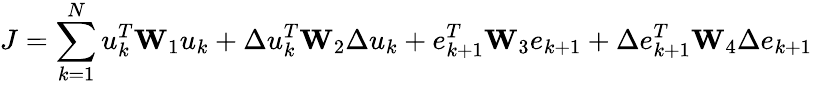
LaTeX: J=\sum_{k=1}^{N}u_{k}^{T}\mathbf W_{1}u_{k}+\Delta u_{k}^{T}\mathbf W_{2}\Delta u_{k}+e_{k+1}^{T}\mathbf W_{3}e_{k+1}+\Delta e_{k+1}^{T}\mathbf W_{4}\Delta e_{k+1}